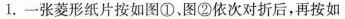
1.一张菱形纸片按如图①、图②依次对折后，再按如